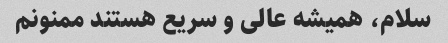
سلام، همیشه عالی و سریع هستند ممنونم